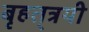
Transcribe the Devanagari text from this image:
बृहत्‌त्रयी